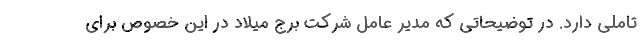
تاملی دارد. در توضیحاتی که مدیر عامل شرکت برج میلاد در این خصوص برای